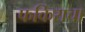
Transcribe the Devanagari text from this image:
फकिराचा